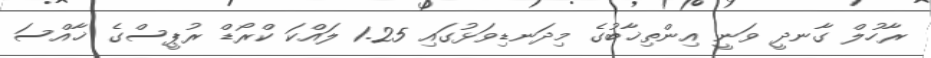
ރާހުލް ގާނދީ ވަނީ އިންތިޚާބުގެ މިދަނޑިވަޅުގައި 1.25 ލައްކަ ކްރޯޑް ރުޕީސްގެ ޚާއްސަ